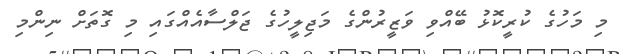
މި މަހުގެ ކުރީކޮޅު ބޭއްވި ވަޒީރުންގެ މަޖިލީހުގެ ޖަލްސާއެއްގައި މި ގޮތަށް ނިންމި